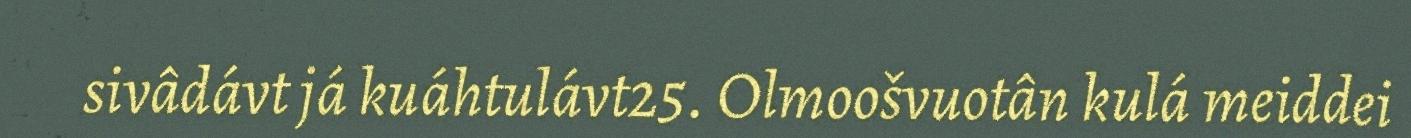
sivâdávt já kuáhtulávt25. Olmoošvuotân kulá meiddei